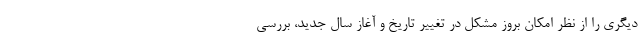
دیگری را از نظر امکان بروز مشکل در تغییر تاریخ و آغاز سال جدید، بررسی